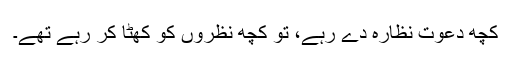
کچھ دعوت نظارہ دے رہے، تو کچھ نظروں کو کھٹا کر رہے تھے۔